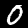
Digit: 0